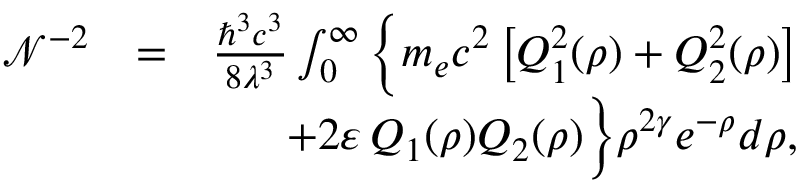
\begin{array} { r l r } { \mathcal { N } ^ { - 2 } } & { = } & { \frac { \hbar ^ { 3 } c ^ { 3 } } { 8 \lambda ^ { 3 } } \int _ { 0 } ^ { \infty } \Big \{ m _ { e } c ^ { 2 } \, \big [ Q _ { 1 } ^ { 2 } ( \rho ) + Q _ { 2 } ^ { 2 } ( \rho ) \big ] } \\ & { } & { + 2 \varepsilon \, Q _ { 1 } ( \rho ) Q _ { 2 } ( \rho ) \Big \} \rho ^ { 2 \gamma } e ^ { - \rho } d \rho , } \end{array}